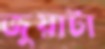
জুয়াটা